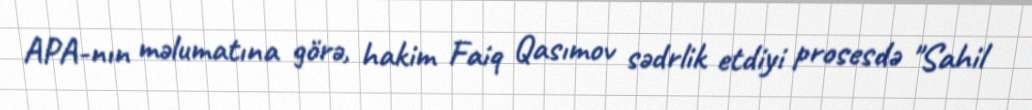
APA-nın məlumatına görə, hakim Faiq Qasımov sədrlik etdiyi prosesdə "Sahil